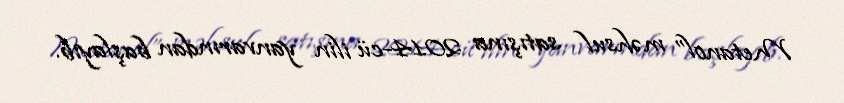
Metanol” məhsul satışına 2014-cü ilin yanvarından başlayıb.